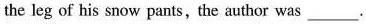
the leg of his snow pants,the author was ___.